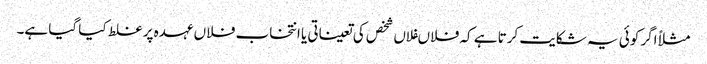
مثلاً اگر کوئی یہ شکایت کرتا ہے کہ فلاںفلاں شخص کی تعیناتی یا انتخاب فلاں عہدہ پر غلط کیا گیا ہے۔